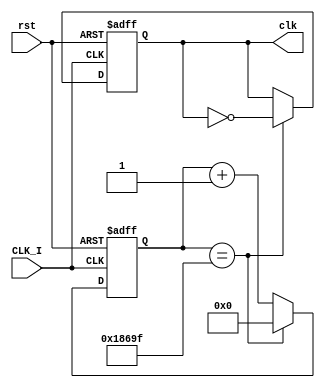
//////////////////////////////////////////////////////////////////////////////////
// Company: 
// Engineer: 
// 
// Design Name: 
// Module Name:    clk_div 
// Project Name: 
// Target Devices: 
// Tool versions: 
// Description: 
//
// Dependencies: 
//
// Revision: 
// Revision 0.01 - File Created
// Additional Comments: 
//
//////////////////////////////////////////////////////////////////////////////////
module clk_div(CLK_I,rst, clk );

// input port
input CLK_I,rst;
//outout port
output reg clk;

// counter size calculation according to input and output frequencies
parameter sys_clk = 100000000;	// 100 MHz clock input
parameter clk_out = 500;	// 500 Hz clock output
//parameter max = sys_clk / (2*clk_out); // max-counter size
parameter max = sys_clk / (2*clk_out); // max-counter size

reg [22:0]counter = 0; // 1-bit counter size

always@(posedge CLK_I or posedge rst) begin
	if(rst)
	begin
	   counter <= 0;
		clk <= 0;
	end
	else if (counter == max-1)
		begin
		counter <= 0;
		clk <= ~clk;
		end
	else
		begin
		counter <= counter + 1'd1;
		end
	end

endmodule